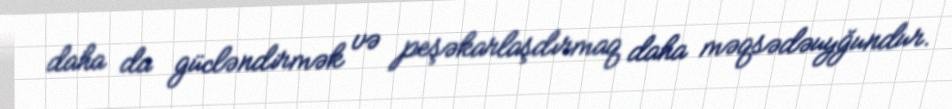
daha da gücləndirmək və peşəkarlaşdırmaq daha məqsədəuyğundur.